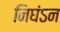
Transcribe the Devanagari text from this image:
निघंऽन